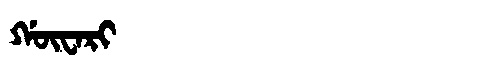
Manchu: ᡤᡡᠸᠠᡵᡳ
Romanization: GŪWARI